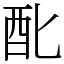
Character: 䣥